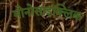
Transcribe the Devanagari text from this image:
मोनोसाइक्लिक